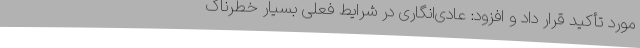
مورد تأکید قرار داد و افزود: عادی‌انگاری در شرایط فعلی بسیار خطرناک